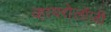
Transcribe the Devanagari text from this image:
व्हायरोलॉजी